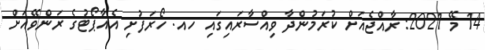
14 މޭ 2021: ރާއްޖެއަށް ކުރަމުންދާ ވިއްސާރައިގައި ހއ. ހޯރަފުށި އެއާޕޯޓުގެ ރަންވޭއަށް